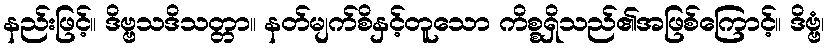
နည်းဖြင့်။ ဒိဗ္ဗသဒိသတ္တာ။ နတ်မျက်စိနှင့်တူသော ကိစ္စရှိသည်၏အဖြစ်ကြောင့်။ ဒိဗ္ဗံ၊